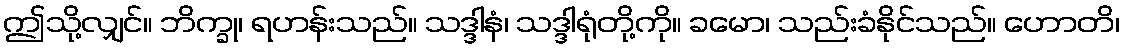
ဤသို့လျှင်။ ဘိက္ခု၊ ရဟန်းသည်။ သဒ္ဒါနံ၊ သဒ္ဒါရုံတို့ကို။ ခမော၊ သည်းခံနိုင်သည်။ ဟောတိ၊